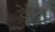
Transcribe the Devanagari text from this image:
वेदि।